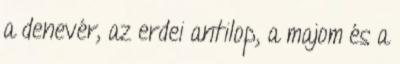
a denevér, az erdei antilop, a majom és a